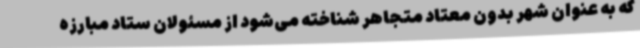
که به عنوان شهر بدون معتاد متجاهر شناخته می‌شود از مسئولان ستاد مبارزه